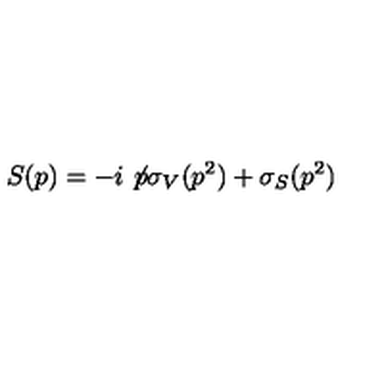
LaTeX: S ( p ) = - i \not \! p \sigma _ { V } ( p ^ { 2 } ) + \sigma _ { S } ( p ^ { 2 } )